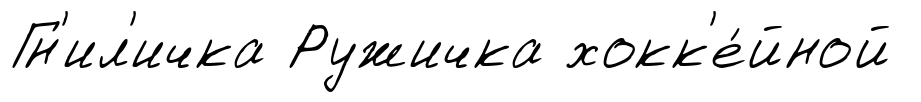
Гн'ил'ичка Ружичка хокк'е́йной